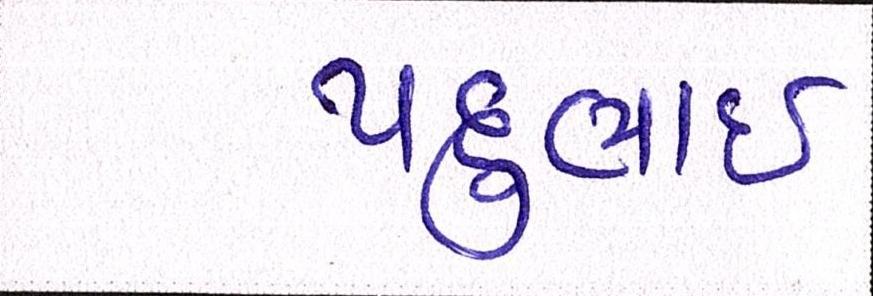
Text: પદુભાઈ